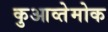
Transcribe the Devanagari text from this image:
कुआव्तेमोक